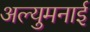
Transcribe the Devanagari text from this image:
अल्युमनाई